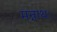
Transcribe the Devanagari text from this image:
मन्नाथः